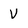
Character: V